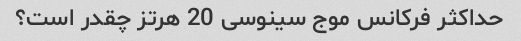
حداکثر فرکانس موج سینوسی 20 هرتز چقدر است؟